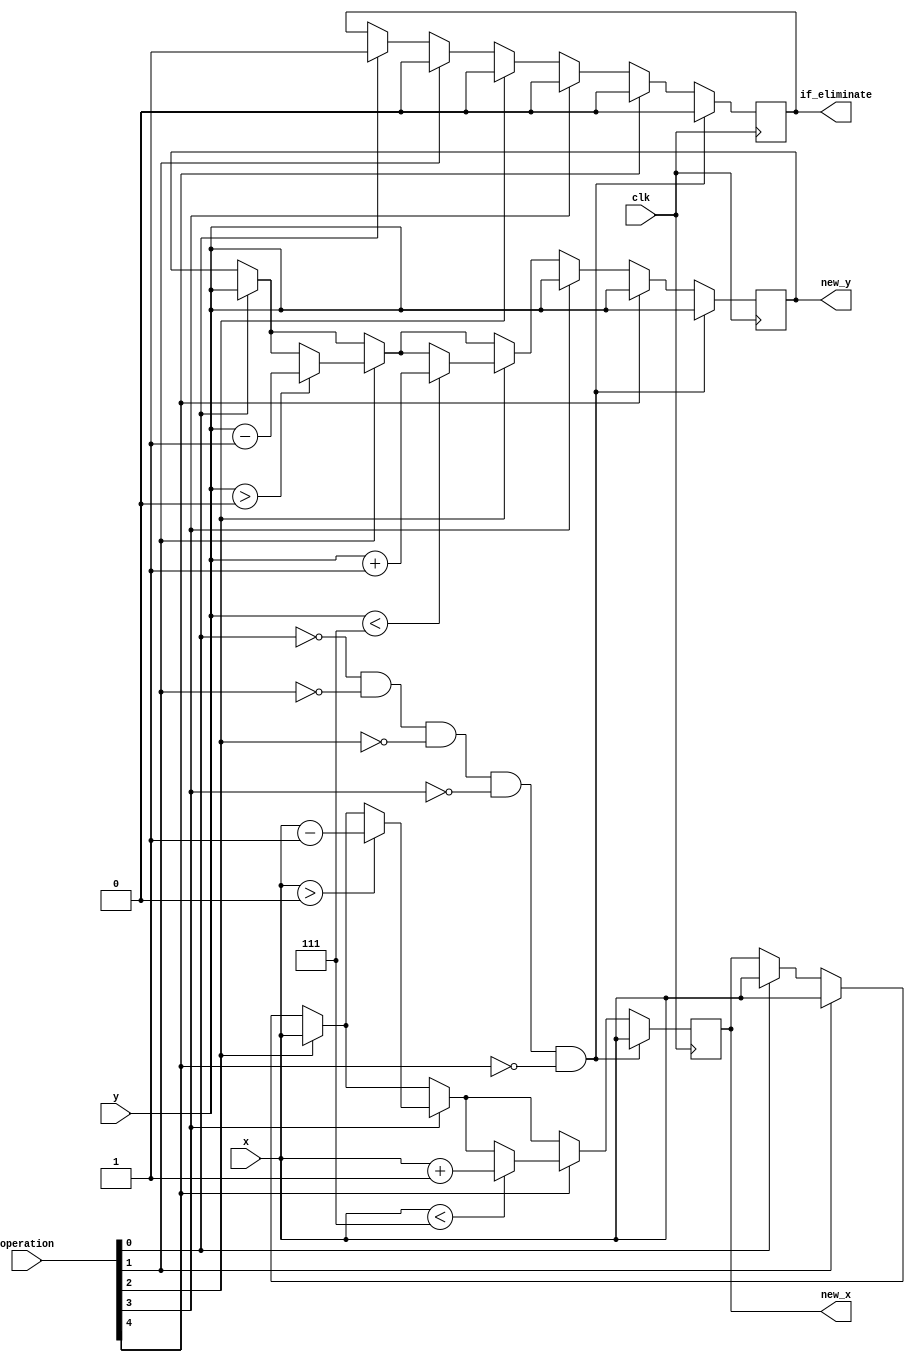
// select???????????
// confirm???????
// ????????
module operate(
    input clk,
    input [3:0] x, // ?????x
    input [3:0] y, // ?????y
    input [4:0] operation,
    output reg[3:0] new_x, // x
    output reg[3:0] new_y, // y
    output reg if_eliminate // 
    );

	always @(posedge clk) begin
        if(!operation[0] && !operation[1] &&!operation[2] &&!operation[3] &&!operation[4]) begin
            new_x <= x;
            new_y <= y;
            if_eliminate <= 1'b0;
        end else begin
            
            // confirm
            if(operation[0] == 1'b1) begin
                new_x <= x;
                new_y <= y;
                if_eliminate <= 1'b1;
            end 
            // shift left
             if(operation[1] == 1'b1) begin
                new_x <= x;
                if_eliminate <= 1'b0;
                if (y > 0) begin
                    new_y <= y - 1;
                end
            end
            // shift right  
            if(operation[2] == 1'b1) begin
                new_x <= x;
                if_eliminate <= 1'b0;
                if (y < 7) begin
                    new_y <= y + 1;
                end
            end 
            // shift up
            if(operation[3] == 1'b1) begin
                new_y <= y;
                if_eliminate <= 1'b0;
                if (x > 0) begin
                    new_x <= x - 1;
                end
            end 
            // shift down
            if(operation[4] == 1'b1) begin
                new_y <= y;
                if_eliminate <= 1'b0;
                if (x < 7) begin
                    new_x <= x + 1;
                end
            end 
        end
    end

endmodule